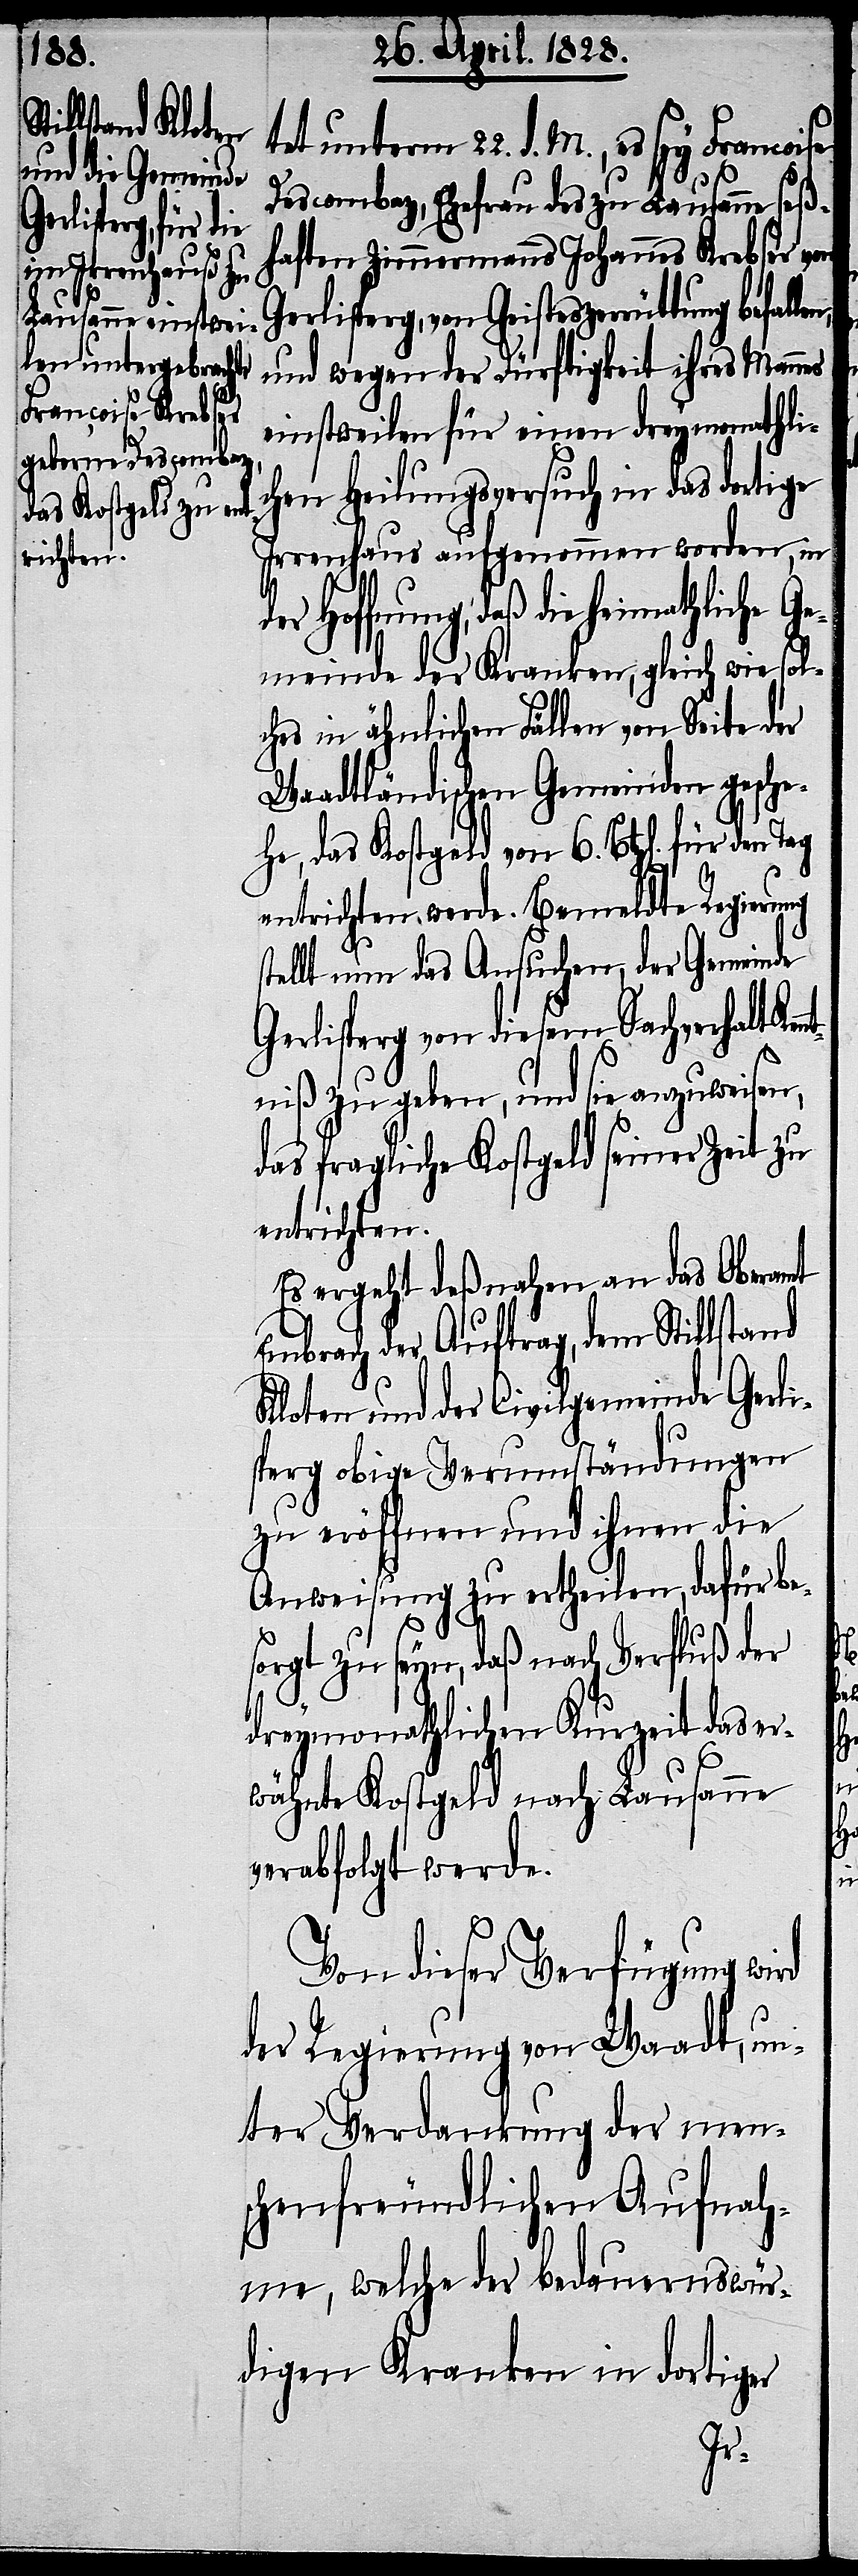
tet unterm 22. d. M., es sey Francoise
Descombaz, Ehefrau des zu Lausanne seß¬
haften Zimmermanns Johannes Krebser von
Gerlisperg, von Geisteszerrüttung befall¬
und wegen der Dürftigkeit ihres Mannes
einstweilen für einen dreymonathli¬
chen Heilungsversuch in das dortige
Irrenhaus aufgenommen worden, in
daß die heimathliche G¬
emeinde der Kranken, gleich wie sol¬
ches in ähnlichen Fällen von Seite der
Waadtländischen Gemeinden gesche¬
he, das Kostgeld von 6. Btz[en]. für den
entrichten werde. Bemeldte Regierung
tellt nun das Ansuchen, der Gemeinde
Gerlisperg von diesem Sachverhalt Ken¬
niß zu geben, und sie anzuweisen,
das fragliche Kostgeld seiner Zeit zu
entrichten.
Es ergeht deßnahen an das Oberamt
Embrach der Auftrag, dem Stillstand
Kloten und der Civilgemeinde Gerli¬
sperg obige Verumständungen
zu eröffnen und ihnen die
Anweisung zu ertheilen, dafür be¬
sorgt zu seyn, daß nach Verfluß der
dreymonathlichen Kurzeit das er¬
wähnte Kostgeld nach Lausanne
verabfolgt werde.
Von dieser Verfügung wird
der Regierung von Waadt, un¬
ter Verdankung der men¬
schenfreundlichen Aufnah¬
me, welche der bedauernswür¬
digen Kranken in dortiger
nt¬